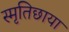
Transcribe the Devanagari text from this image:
स्मृतिछाया